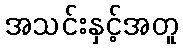
အသင်းနှင့်အတူ